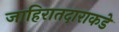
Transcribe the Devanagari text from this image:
जाहिरातदाराकडे